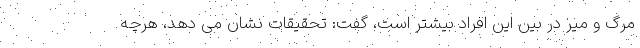
مرگ و میر در بین این افراد بیشتر است، گفت: تحقیقات نشان می دهد، هرچه